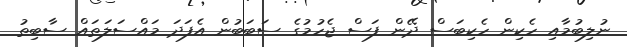
ނުލިބުމާއި ހެކިން ހެކިބަސް ދޭން ފަސް ޖެހުމުގެ ސަބަބުން އެފަދަ މައްސަލަތައް ސާބިތު